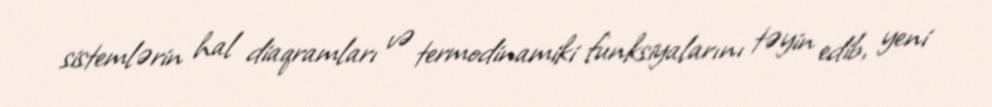
sistemlərin hal diaqramları və termodinamiki funksiyalarını təyin edib, yeni